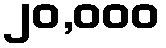
၂၀,၀၀၀